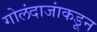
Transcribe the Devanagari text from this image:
गोलंदाजांकडून